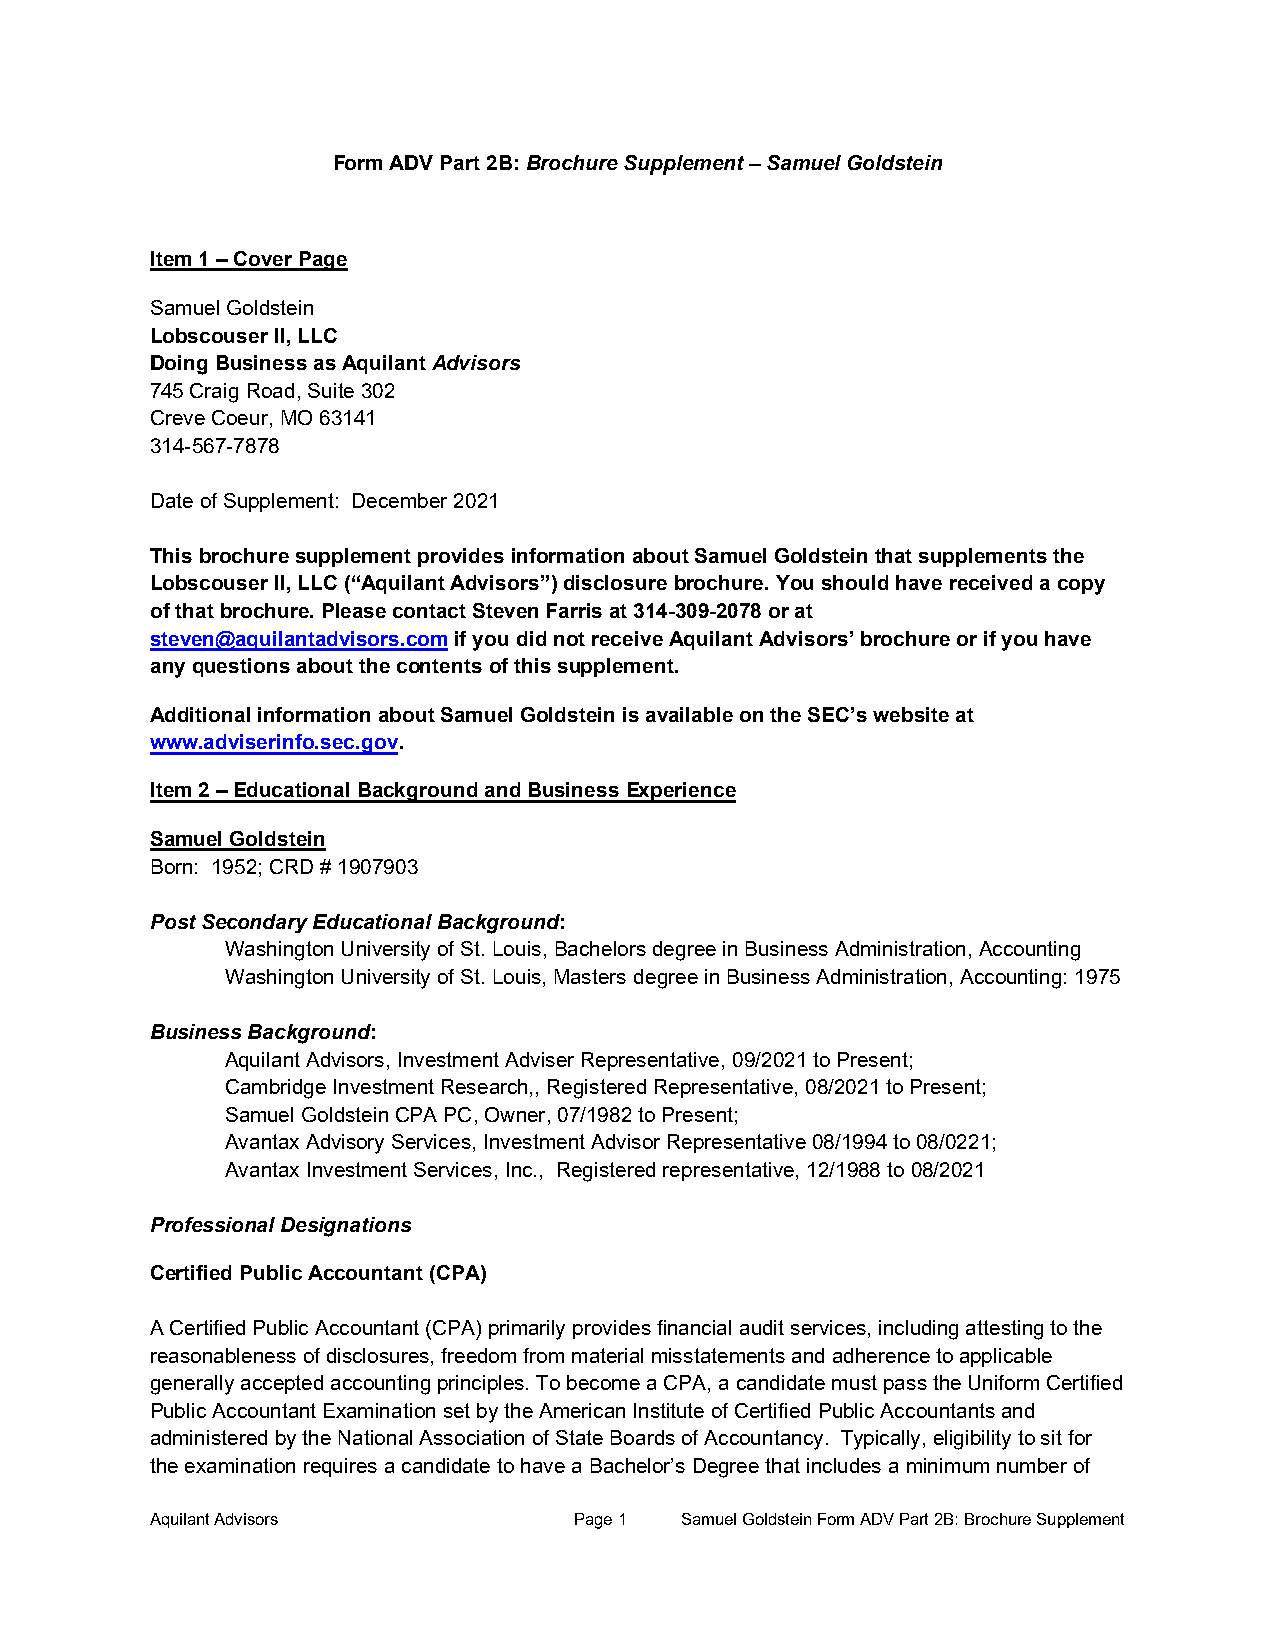
Form ADV Part 2B: Brochure Supplement – Samuel Goldstein
 Item 1 – Cover Page
 Samuel Goldstein
 Lobscouser II, LLC
 Doing Business as Aquilant Advisors
 745 Craig Road, Suite 302
 Creve Coeur, MO 63141
 314-567-7878
 Date of Supplement: December 2021
 This brochure supplement provides information about Samuel Goldstein that supplements the
 Lobscouser II, LLC (“Aquilant Advisors”) disclosure brochure. You should have received a copy
 of that brochure. Please contact Steven Farris at 314-309-2078 or at
 steven@aquilantadvisors.com if you did not receive Aquilant Advisors’ brochure or if you have
 any questions about the contents of this supplement.
 Additional information about Samuel Goldstein is available on the SEC’s website at
 www.adviserinfo.sec.gov.
 Item 2 – Educational Background and Business Experience
 Samuel Goldstein
 Born: 1952; CRD # 1907903
 Post Secondary Educational Background:
 Washington University of St. Louis, Bachelors degree in Business Administration, Accounting
 Washington University of St. Louis, Masters degree in Business Administration, Accounting: 1975
 Business Background:
 Aquilant Advisors, Investment Adviser Representative, 09/2021 to Present;
 Cambridge Investment Research,, Registered Representative, 08/2021 to Present;
 Samuel Goldstein CPA PC, Owner, 07/1982 to Present;
 Avantax Advisory Services, Investment Advisor Representative 08/1994 to 08/0221;
 Avantax Investment Services, Inc., Registered representative, 12/1988 to 08/2021
 Professional Designations
 Certified Public Accountant (CPA)
 A Certified Public Accountant (CPA) primarily provides financial audit services, including attesting to the
 reasonableness of disclosures, freedom from material misstatements and adherence to applicable
 generally accepted accounting principles. To become a CPA, a candidate must pass the Uniform Certified
 Public Accountant Examination set by the American Institute of Certified Public Accountants and
 administered by the National Association of State Boards of Accountancy. Typically, eligibility to sit for
 the examination requires a candidate to have a Bachelor’s Degree that includes a minimum number of
 Aquilant Advisors           Page 1 Samuel Goldstein Form ADV Part 2B: Brochure Supplement